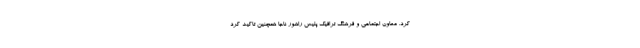
کرد. معاون اجتماعی و فرهنگ ترافیک پلیس راهور ناجا همچنین تاکید کرد